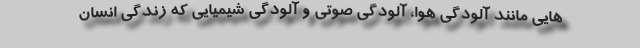
هایی مانند آلودگی هوا، آلودگی صوتی و آلودگی شیمیایی که زندگی انسان